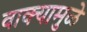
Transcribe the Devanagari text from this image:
वाक्यामुळे